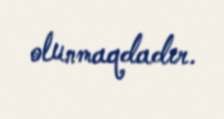
olunmaqdadır.